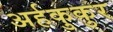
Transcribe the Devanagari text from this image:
अर्हकुकुर